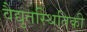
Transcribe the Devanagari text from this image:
वैद्युतस्थितिकी